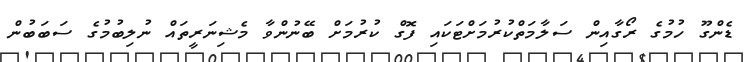
ޑެންގޫ ހުމުގެ ރޯގާއިން ސަލާމަތްކުރުމަށްޓަކައި ފޮގް ކުރުމަށް ބޭނުންވާ މެޝިނަރީތައް ނުލިބުމުގެ ސަބަބުން